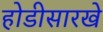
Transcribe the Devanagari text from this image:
होडीसारखे